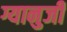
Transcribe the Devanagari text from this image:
ग्यानुजी